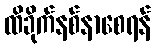
ထိခိုက်နစ်နာစေရန်